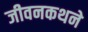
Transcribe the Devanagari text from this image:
जीवनकथने